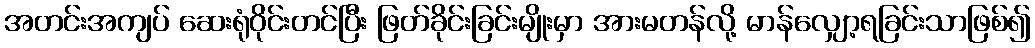
အတင်းအကျပ် ဆေးရုံဝိုင်းတင်ပြီး ဖြတ်ခိုင်းခြင်းမျိုးမှာ အားမတန်လို့ မာန်လျှော့ရခြင်းသာဖြစ်၍